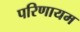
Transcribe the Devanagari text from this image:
परिणायम